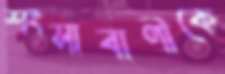
শংসাবাণীকে